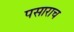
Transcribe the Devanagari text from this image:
पसाराच